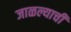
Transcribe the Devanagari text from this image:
जाळल्याची